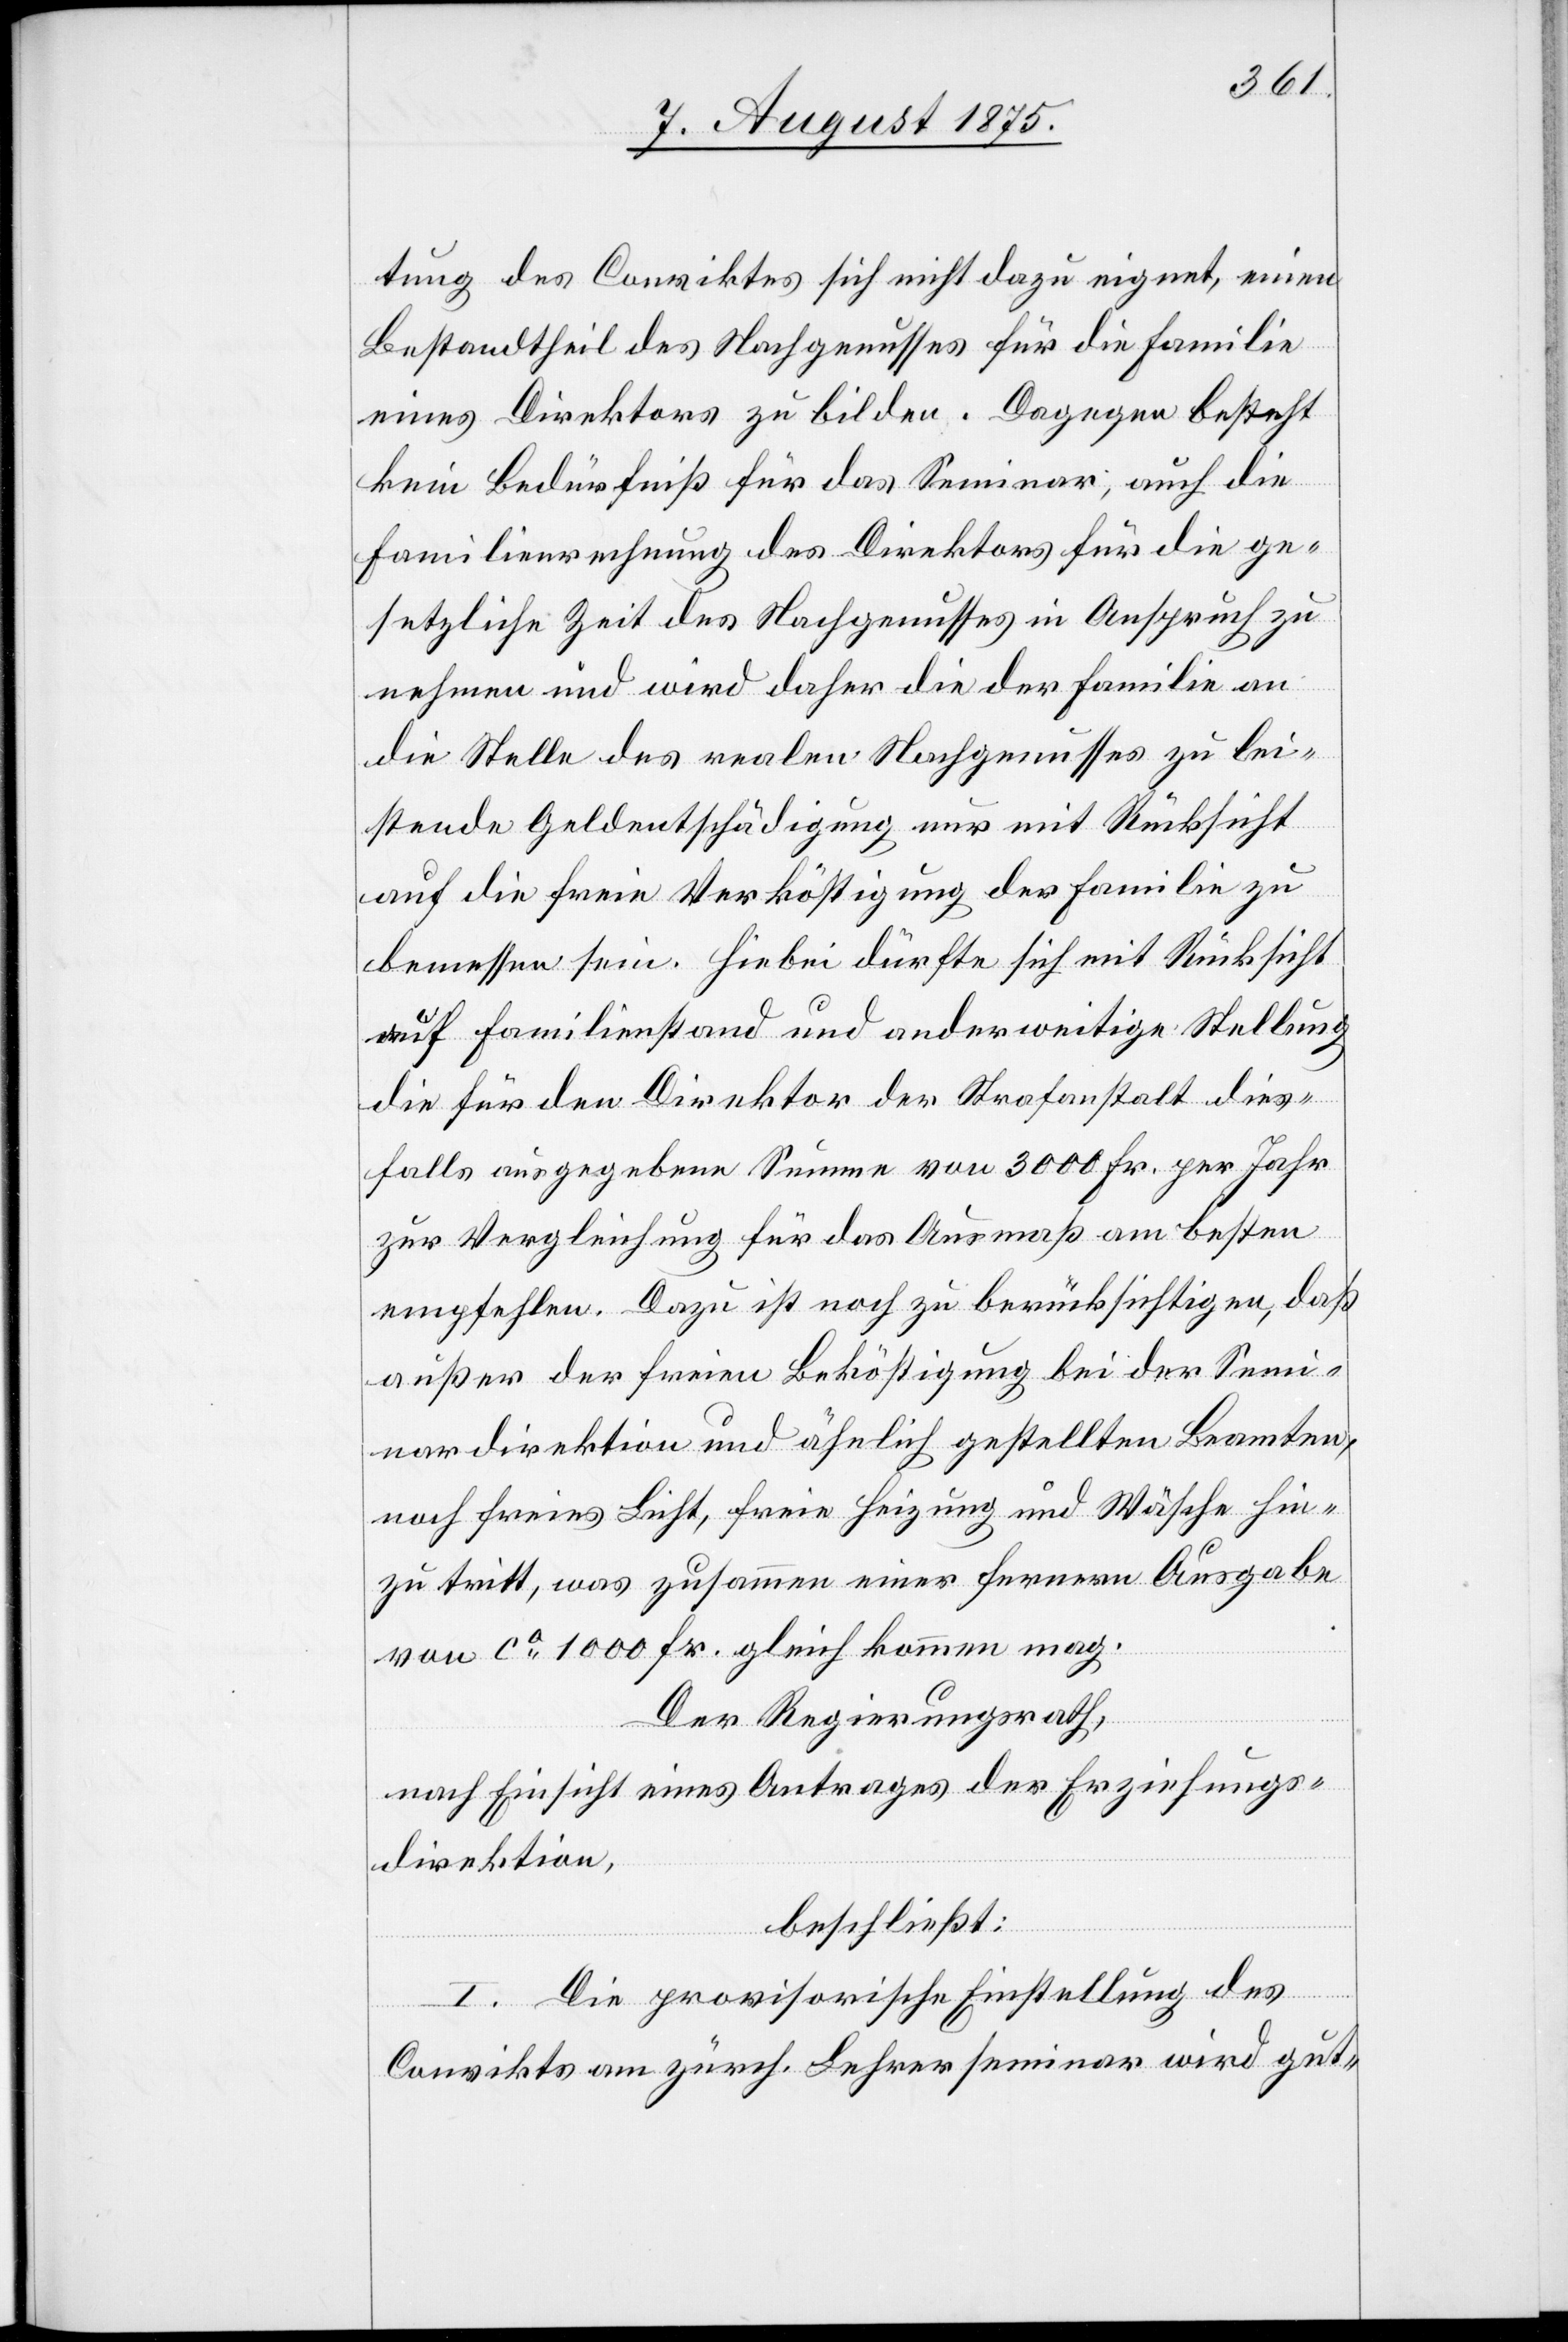
tung des Conviktes sich nicht dazu eignet, einen
Bestandtheil des Nachgenusses für die Familie
eines Direktors zu bilden. Dagegen besteht
kein Bedürfniß für das Seminar, auch die
Familienrechnung des Direktors für die ge¬
setzliche Zeit des Nachgenusses in Anspruch zu
nehmen und wird daher die der Familie an
die Stelle des realen Nachgenusses zu lei¬
stende Geldentschädigung nur mit Rücksicht
auf die frei Verköstigung der Familie zu
bemessen sein. Hiebei dürfte sich mit Rücksicht
auf Familienstand und anderweitige Stellung
die für den Direktor der Strafanstalt dies¬
falls ausgegebene Summe von 3000 Fr. per Jahr
zur Vergleichung für das Ausmaß am besten
empfehlen. Dazu ist noch zu berücksichtigen, daß
außer der freien Beköstigung bei der Semi¬
nardirektion und ähnlich gestellten Beamten,
noch freies Licht, freie Heizung und Wäsche hin¬
zu tritt, was zusammen einer fernern Ausgabe
von ca 1000 Fr. gleich kommen mag.
Der Regierungsrath,
nach Einsicht eines Antrages der Erziehungs¬
direktion,
beschließt:
I. Die provisorische Einstellung des
Convikts am zürch. Lehrerseminar wird gut-